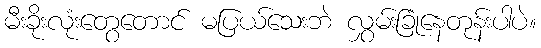
မီးခိုးလုံးတွေတောင် မပြယ်သေးဘဲ လွှမ်းခြုံနေတုန်းပါပဲ။